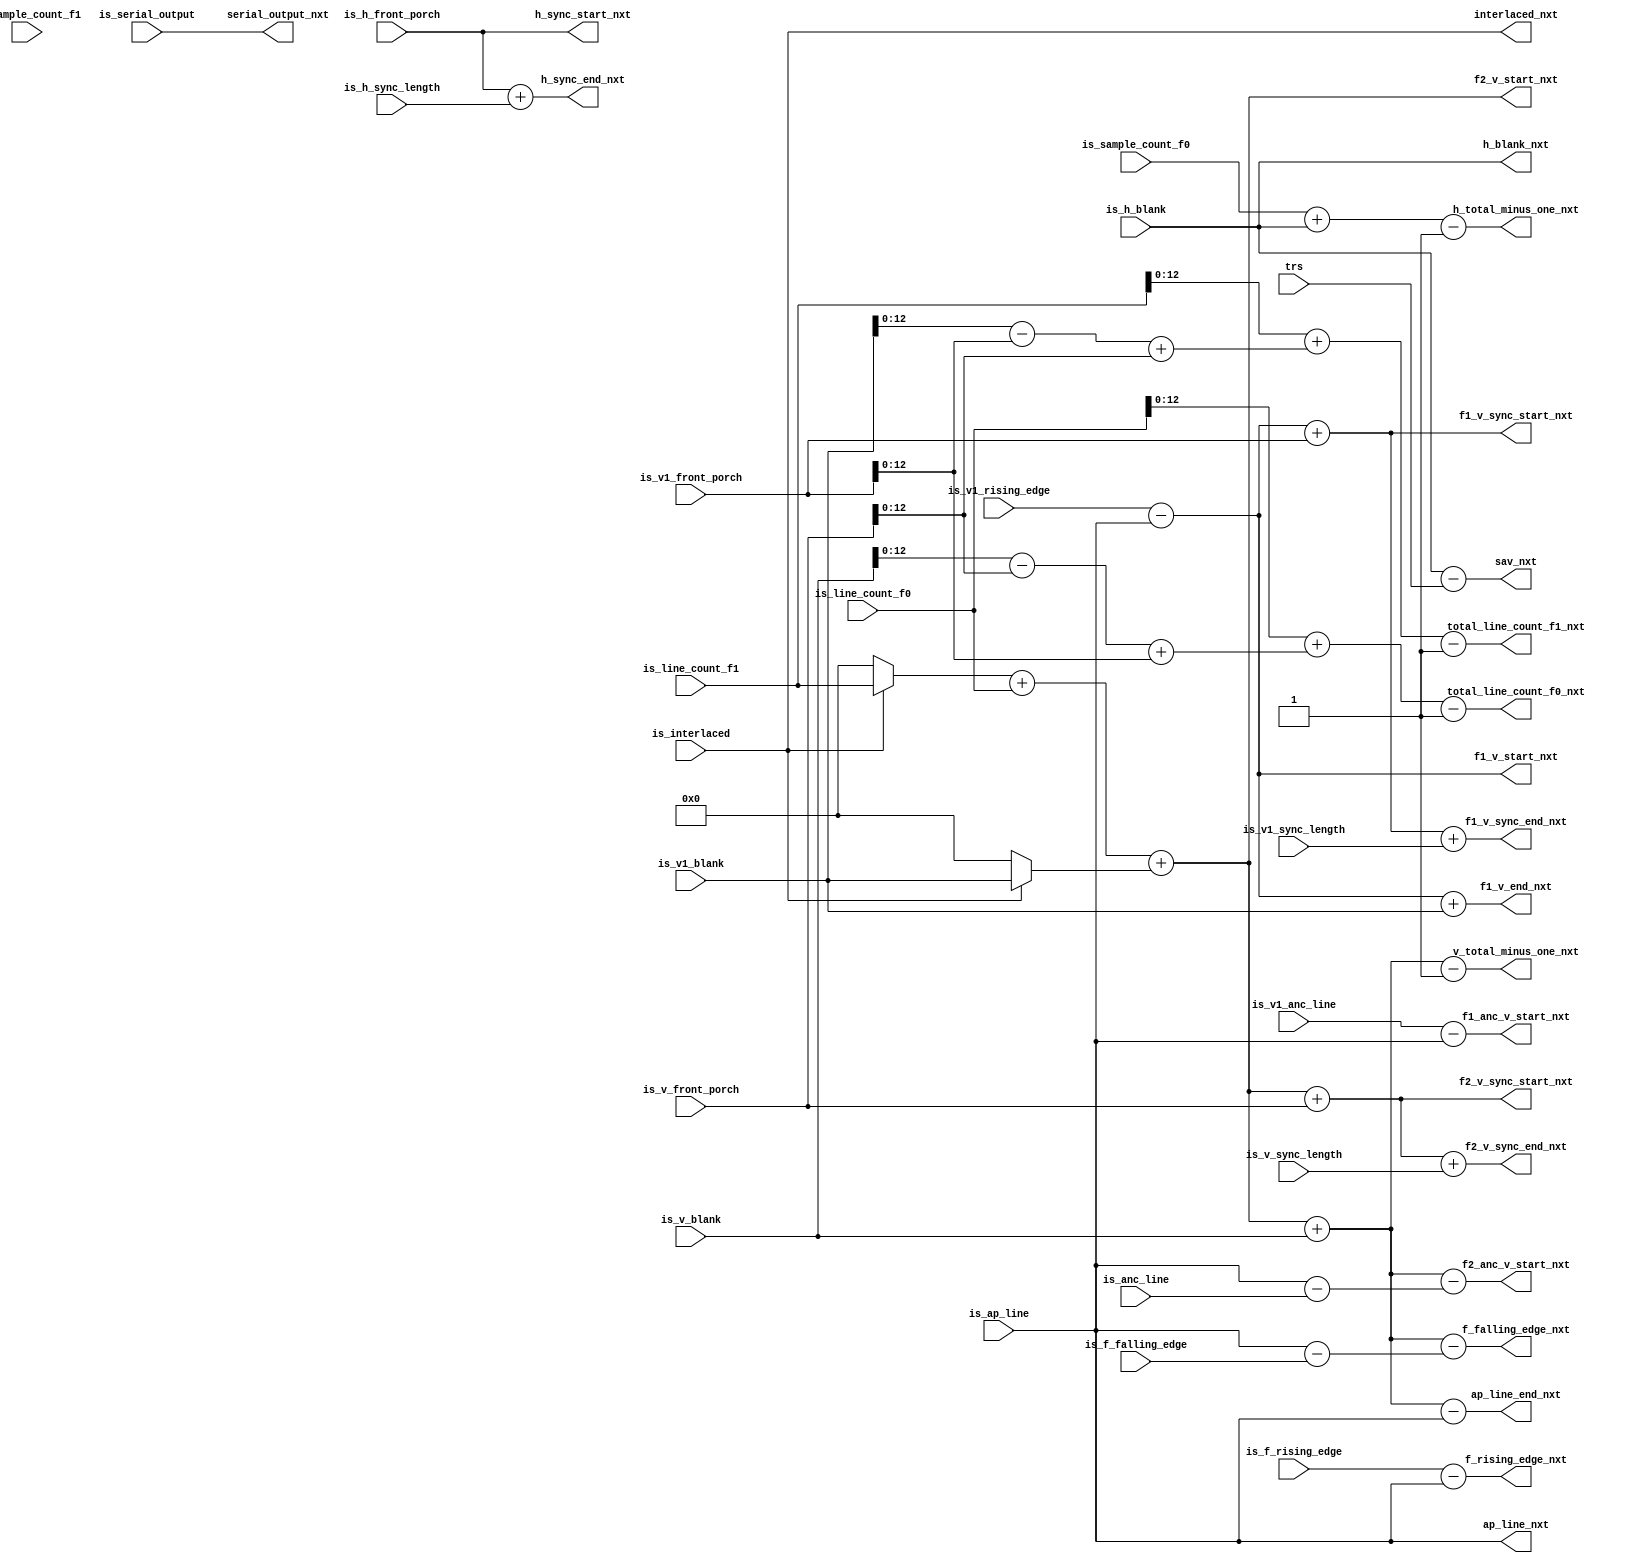
module alt_vipitc131_IS2Vid_calculate_mode(
    input [3:0] trs,
    input is_interlaced,
    input is_serial_output,
    input [15:0] is_sample_count_f0,
    input [15:0] is_line_count_f0,
    input [15:0] is_sample_count_f1,
    input [15:0] is_line_count_f1,
    input [15:0] is_h_front_porch,
    input [15:0] is_h_sync_length,
    input [15:0] is_h_blank,
    input [15:0] is_v_front_porch,
    input [15:0] is_v_sync_length,
    input [15:0] is_v_blank,
    input [15:0] is_v1_front_porch,
    input [15:0] is_v1_sync_length,
    input [15:0] is_v1_blank,
    input [15:0] is_ap_line,
    input [15:0] is_v1_rising_edge,
    input [15:0] is_f_rising_edge,
    input [15:0] is_f_falling_edge,
    input [15:0] is_anc_line,
    input [15:0] is_v1_anc_line,
    
    output interlaced_nxt,
    output serial_output_nxt,
    output [15:0] h_total_minus_one_nxt,
    output [15:0] v_total_minus_one_nxt,
    output [15:0] ap_line_nxt,
    output [15:0] ap_line_end_nxt,
    output [15:0] h_blank_nxt,
    output [15:0] sav_nxt,
    output [15:0] h_sync_start_nxt,
    output [15:0] h_sync_end_nxt,
    output [15:0] f2_v_start_nxt,
    output [15:0] f1_v_start_nxt,
    output [15:0] f1_v_end_nxt,
    output [15:0] f2_v_sync_start_nxt,
    output [15:0] f2_v_sync_end_nxt,
    output [15:0] f1_v_sync_start_nxt,
    output [15:0] f1_v_sync_end_nxt,
    output [15:0] f_rising_edge_nxt,
    output [15:0] f_falling_edge_nxt,
    output [12:0] total_line_count_f0_nxt,
    output [12:0] total_line_count_f1_nxt,
    output [15:0] f2_anc_v_start_nxt,
    output [15:0] f1_anc_v_start_nxt
);

wire [15:0] v_active_lines;
wire [15:0] v_total;
wire [15:0] v1_rising_edge;
wire [15:0] v2_rising_edge;
wire [15:0] f1_v_sync;
wire [15:0] f2_v_sync;
wire [15:0] total_line_count_f0_nxt_full;
wire [15:0] total_line_count_f1_nxt_full;

assign v_active_lines = (is_interlaced ? is_line_count_f1 : 16'd0) + is_line_count_f0;
assign v_total = v_active_lines + (is_interlaced ? is_v1_blank : 16'd0) + is_v_blank;
assign v1_rising_edge = is_v1_rising_edge - is_ap_line;
assign v2_rising_edge = v_active_lines + (is_interlaced ? is_v1_blank : 16'd0);
assign f1_v_sync = v1_rising_edge + is_v1_front_porch;
assign f2_v_sync = v2_rising_edge + is_v_front_porch;

assign interlaced_nxt = is_interlaced;
assign serial_output_nxt = is_serial_output;

// counter wrapping
assign h_total_minus_one_nxt = is_sample_count_f0 + is_h_blank - 16'd1;
assign v_total_minus_one_nxt = v_total - 16'd1;

// line numbering
assign ap_line_nxt = is_ap_line;
assign ap_line_end_nxt = v_total - is_ap_line;

// horizontal blanking end
assign h_blank_nxt = is_h_blank;
assign sav_nxt = is_h_blank - trs;

// horizontal sync start & end
assign h_sync_start_nxt = is_h_front_porch;
assign h_sync_end_nxt = is_h_front_porch + is_h_sync_length;

// f2 vertical blanking start
assign f2_v_start_nxt = v2_rising_edge;

// f1 vertical blanking start & end
assign f1_v_start_nxt = v1_rising_edge;
assign f1_v_end_nxt = v1_rising_edge + is_v1_blank;

// f2 vertical sync start & end
assign f2_v_sync_start_nxt = f2_v_sync;
assign f2_v_sync_end_nxt = f2_v_sync + is_v_sync_length;

// f1 vertical sync start and end
assign f1_v_sync_start_nxt = f1_v_sync;
assign f1_v_sync_end_nxt = f1_v_sync + is_v1_sync_length;

// f rising edge
assign f_rising_edge_nxt = is_f_rising_edge - is_ap_line;
assign f_falling_edge_nxt = v_total - (is_ap_line - is_f_falling_edge);

// sync generation
assign total_line_count_f0_nxt_full = is_line_count_f0 + (is_v_blank - is_v_front_porch + is_v1_front_porch) - 16'd1;
assign total_line_count_f1_nxt_full = is_line_count_f1 + (is_v1_blank - is_v1_front_porch + is_v_front_porch) - 16'd1;
assign total_line_count_f0_nxt = total_line_count_f0_nxt_full[12:0];
assign total_line_count_f1_nxt = total_line_count_f1_nxt_full[12:0];

// ancilliary data position
assign f2_anc_v_start_nxt = v_total - (is_ap_line - is_anc_line);
assign f1_anc_v_start_nxt = is_v1_anc_line - is_ap_line;

endmodule